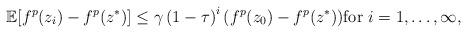
LaTeX: \begin{align*}\mathbb{E}[f^p(z_i) - f^p(z^*)] \le \gamma \left ( 1- \tau \right )^i(f^p(z_{0})-f^p(z^*) ) \textrm{for } i=1,\ldots,\infty,\end{align*}